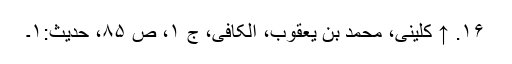
۱۶. ↑ کلینی، محمد بن یعقوب، الکافی، ج ۱، ص ۸۵، حدیث:۱۔